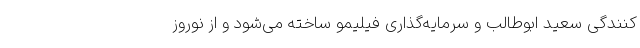
کنندگی سعید ابوطالب و سرمایه‌گذاری فیلیمو ساخته می‌شود و از نوروز